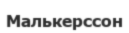
Малькерссон